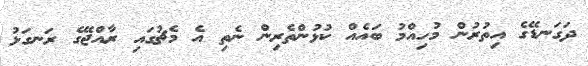
ދަގަނޑޭގެ އިތުރުން މުހިއްމު ބައެއް ކުޅުންތެރިން ނެތި އެ މެޗުގައި ރާއްޖޭގެ ރަނގަޅު